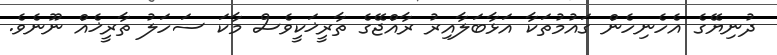
ދުނިޔޭގެ އެހެނިހެން ގައުމުތަކާ އަޅާބަލާއިރު ރާއްޖޭގެ ތާރީޚަކީވެސް މާކަ ސަހަލު ތާރީޚެއް ނޫނެވެ.